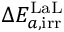
\Delta E _ { a , \mathrm { i r r } } ^ { \mathrm { L a L } }